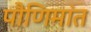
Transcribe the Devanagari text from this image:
पौणिमांत